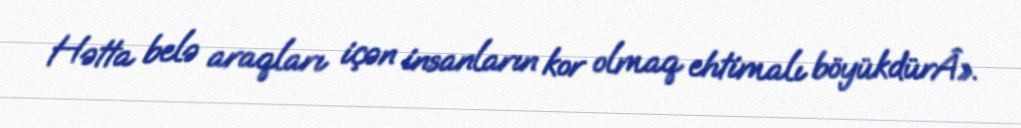
Hətta belə araqları içən insanların kor olmaq ehtimalı böyükdürÂ».